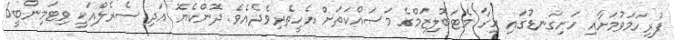
ފުރިހަމަވުމަށާއި ހަށިގަނޑުގައި ހިގާ މެޓަބޮލިޒަމްގެ މަސައްކަތަށް އެހީތެރިވެދެއެވެ. ދޮންކެޔޮ އަދި ސެރެލްއަކީ ވިޓަމިންބީ6